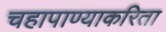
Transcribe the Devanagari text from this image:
चहापाण्याकरिता